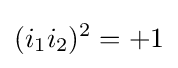
(i_{1}i_{2})^{2}=+1